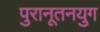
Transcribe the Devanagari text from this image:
पुरानूतनयुग